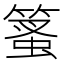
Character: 𥰱